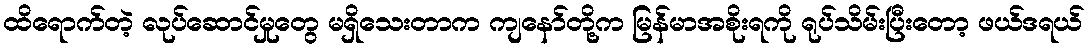
ထိရောက်တဲ့ လုပ်ဆောင်မှုတွေ မရှိသေးတာက ကျနော်တို့က မြန်မာအစိုးရကို ရုပ်သိမ်းပြီးတော့ ဖယ်ဒရယ်